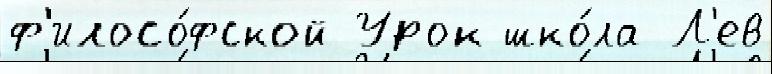
ф'илосо́фской Урок шко́ла Л'ев